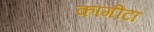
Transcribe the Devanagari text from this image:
कागीटा